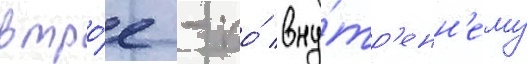
втро́е - по́ вну́тр'енн'ему